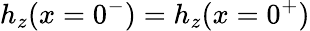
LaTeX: {h_{z}(x=0^{-})=h_{z}(x=0^{+})}